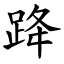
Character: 跭